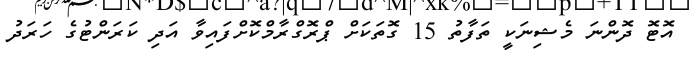
އޮޓޮ ދޮންނަ މެޝިނަކީ ތަފާތު 15 ގޮތަކަށް ޕްރޮގްރާމްކޮށްފައިވާ އަދި ކަރަންޓުގެ ހަރަދު